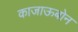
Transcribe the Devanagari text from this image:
काजाऊबोन